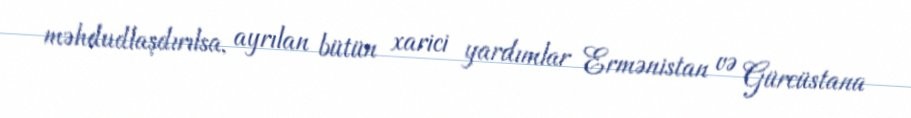
məhdudlaşdırılsa, ayrılan bütün xarici yardımlar Ermənistan və Gürcüstana